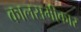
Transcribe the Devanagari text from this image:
कालसमीकार